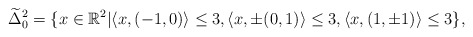
\begin{align*} \widetilde{\Delta}^2_0 =\{x\in\mathbb{R}^2|&\langle x,(-1,0)\rangle\leq3,\langle x,\pm(0,1)\rangle\leq3,\langle x,(1,\pm1)\rangle\leq3 \},\end{align*}